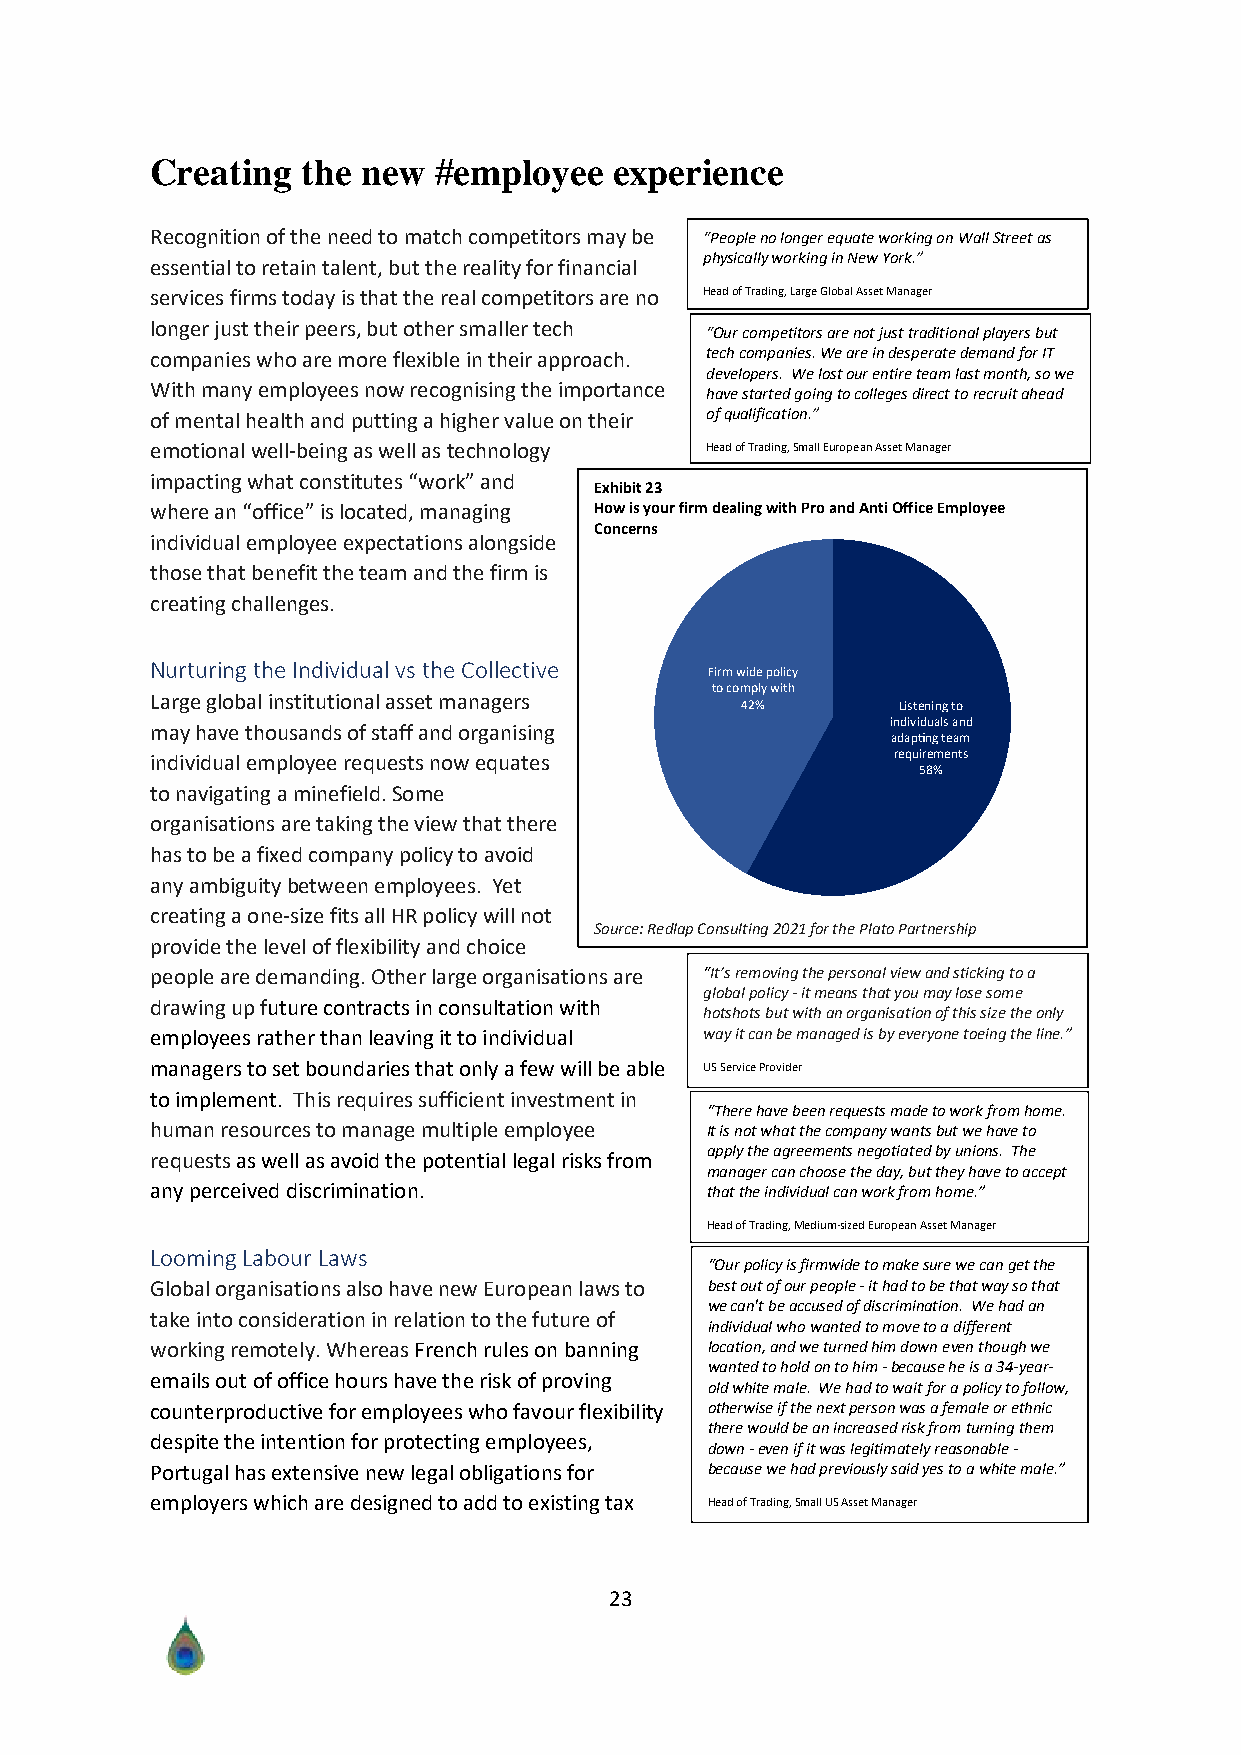
Creating  the new  #employee   experience
 Recognition of the need to match competitors may be “People no longer equate working on Wall Street as
 physically working in New York.”
 essential to retain talent, but the reality for financial
 services firms today is that the real competitors are no Head of Trading, Large Global Asset Manager
 longer just their peers, but other smaller tech
 “Our competitors are not just traditional players but
 companies who are more flexible in their approach. tech companies. We are in desperate demand for IT
 developers. We lost our entire team last month, so we
 With many employees now recognising the importance
 have started going to colleges direct to recruit ahead
 of mental health and putting a higher value on their of qualification.”
 emotional well-being as well as technology Head of Trading, Small European Asset Manager
 impacting what constitutes “work” and
 Exhibit 23
 where an “office” is located, managing How is your firm dealing with Pro and Anti Office Employee
 Concerns
 individual employee expectations alongside
 those that benefit the team and the firm is
 creating challenges.
 Nurturing the Individual vs the Collective
 irm wide policy
 to comply with
 Large global institutional asset managers
 istening to
 individuals and
 may have thousands of staff and organising
 adap ng team
 individual employee requests now equates         requirements
 to navigating a minefield. Some
 organisations are taking the view that there
 has to be a fixed company policy to avoid
 any ambiguity between employees. Yet
 creating a one-size fits all HR policy will not
 Source: Redlap Consulting 2021 for the Plato Partnership
 provide the level of flexibility and choice
 people are demanding. Other large organisations are “It’s removing the personal view and sticking to a
 global policy - it means that you may lose some
 drawing up future contracts in consultation with
 hotshots but with an organisation of this size the only
 employees rather than leaving it to individual way it can be managed is by everyone toeing the line.”
 managers to set boundaries that only a few will be able US Service Provider
 to implement. This requires sufficient investment in
 “There have been requests made to work from home.
 human resources to manage multiple employee It is not what the company wants but we have to
 apply the agreements negotiated by unions. The
 requests as well as avoid the potential legal risks from
 manager can choose the day, but they have to accept
 any perceived discrimination.        that the individual can work from home.”
 Head of Trading, Medium-sized European Asset Manager
 Looming Labour Laws
 “Our policy is firmwide to make sure we can get the
 Global organisations also have new European laws to best out of our people - it had to be that way so that
 we can't be accused of discrimination. We had an
 take into consideration in relation to the future of
 individual who wanted to move to a different
 working remotely. Whereas French rules on banning location, and we turned him down even though we
 wanted to hold on to him - because he is a 34-year-
 emails out of office hours have the risk of proving
 old white male. We had to wait for a policy to follow,
 counterproductive for employees who favour flexibility otherwise if the next person was a female or ethnic
 there would be an increased risk from turning them
 despite the intention for protecting employees,
 down - even if it was legitimately reasonable -
 Portugal has extensive new legal obligations for because we had previously said yes to a white male.”
 employers which are designed to add to existing tax Head of Trading, Small US Asset Manager
 23